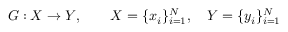
G : X \rightarrow Y , \quad \quad X = \{ x _ { i } \} _ { i = 1 } ^ { N } , \quad Y = \{ y _ { i } \} _ { i = 1 } ^ { N }